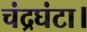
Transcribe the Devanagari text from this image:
चंद्रघंटा।